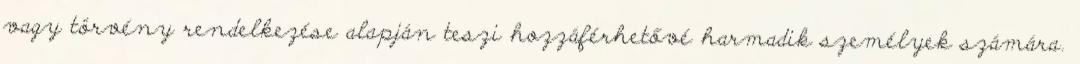
vagy törvény rendelkezése alapján teszi hozzáférhetővé harmadik személyek számára.